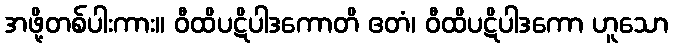
အဖို့တစ်ပါးကား။ ဝီထိပဋိပါဒကောတိ ဧတံ၊ ဝီထိပဋိပါဒကော ဟူသော